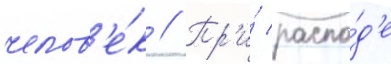
челов'е́к // Пр'и́ распа́д'е